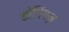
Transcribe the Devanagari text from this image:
डॉमिंगज़